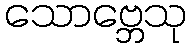
သောဗ္ဘေသု